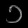
Digit: ၁